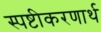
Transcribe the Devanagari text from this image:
स्पष्टीकरणार्थ